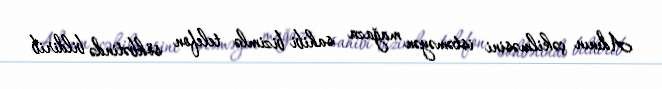
Adının çəkilməsini istəməyən mağaza sahibi bizimlə telefon söhbətində bildirib